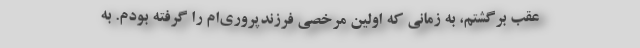
عقب برگشتم، به زمانی که اولین مرخصی فرزندپروری‌ام را گرفته بودم. به